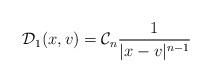
LaTeX: \begin{align*}\mathcal{D}_{1}(x,v)=\mathcal{C}_{n}\frac{1}{|x-v|^{n-1}}\end{align*}